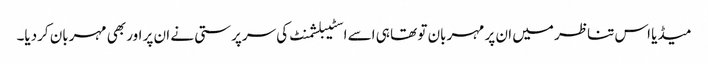
میڈیا اس تناظر میں ان پر مہربان تو تھا ہی اسے اسٹیبلشمنٹ کی سرپرستی نے ان پر اور بھی مہربان کردیا۔